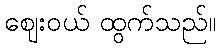
ဈေးဝယ် ထွက်သည်။